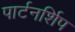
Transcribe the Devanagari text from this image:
पार्टनर्शिप